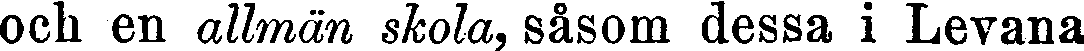
och en allmän skola, såsom dessa i Levana